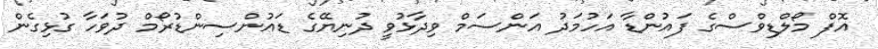
އޮފް މޯލްޑިވްސްގެ ފައުންޑާ އަހުމަދު އަންސަމް ވިދާޅުވީ ދުނިޔޭގެ ޑައުންސިންޑުރޯމް ދުވަހާ ގުޅިގެން